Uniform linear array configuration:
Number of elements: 16
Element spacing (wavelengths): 0.25
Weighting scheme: blackman
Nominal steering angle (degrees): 45
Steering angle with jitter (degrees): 46.924
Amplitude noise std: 0.05
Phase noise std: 0.05

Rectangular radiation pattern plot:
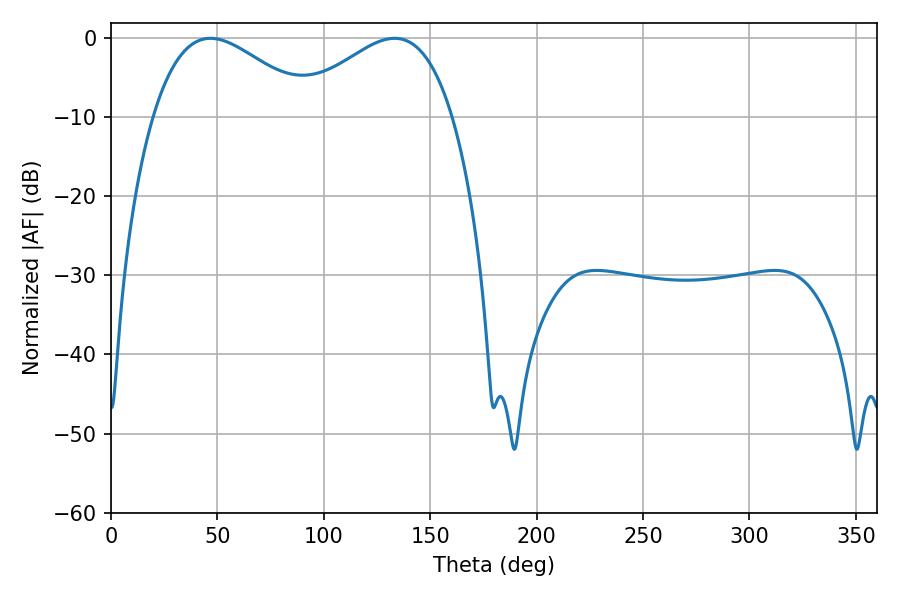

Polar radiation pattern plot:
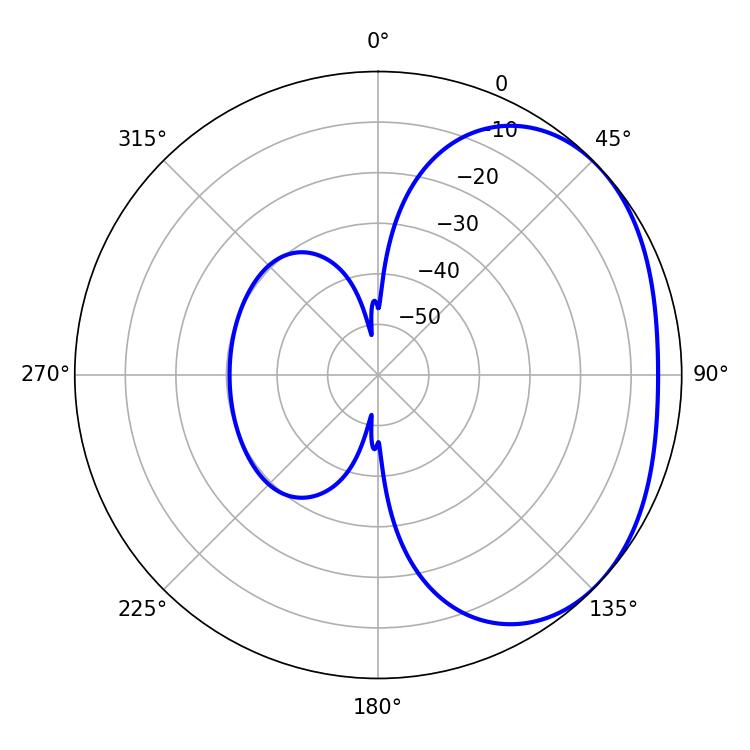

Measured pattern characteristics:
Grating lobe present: FALSE
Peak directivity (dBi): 2.388
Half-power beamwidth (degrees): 40.68
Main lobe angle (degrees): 46.8